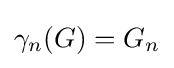
\gamma _{n}(G)=G_{n}